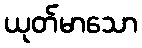
ယုတ်မာသော